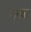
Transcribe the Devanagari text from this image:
गटावर